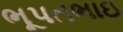
ભૂપતભાઇ